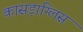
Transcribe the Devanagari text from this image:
कासड़ाग्लिस